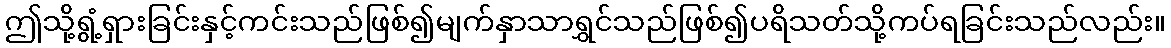
ဤသို့ရွံ့ရှားခြင်းနှင့်ကင်းသည်ဖြစ်၍မျက်နှာသာရွှင်သည်ဖြစ်၍ပရိသတ်သို့ကပ်ရခြင်းသည်လည်း။